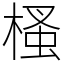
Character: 㮻